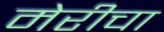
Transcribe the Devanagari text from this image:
मेरीचा